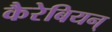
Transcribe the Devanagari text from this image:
कैरेबियन्